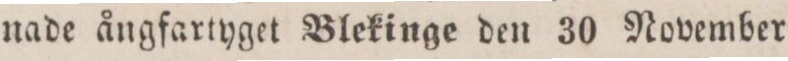
nade ångfartyget Blekinge den 30 November